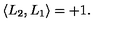
\langle L _ { 2 } , L _ { 1 } \rangle = + 1 .